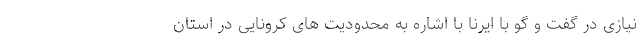
نیازی در گفت و گو با ایرنا با اشاره به محدودیت های کرونایی در استان